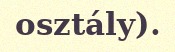
osztály).